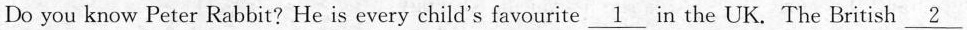
Do you know Peter Rabbit? He is every child's favourite \underline{1} in the UK. The British \underline{2}